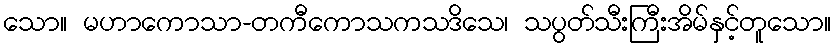
သော။ မဟာကောသာ-တကီကောသကသဒိသေ၊ သပွတ်သီးကြီးအိမ်နှင့်တူသော။